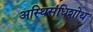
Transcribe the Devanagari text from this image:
अस्थिसंधिशोथ